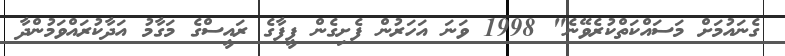
ގެނައުމަށް މަސައްކަތްކުރެވޭނެ" 1998 ވަނަ އަހަރުން ފެށިގެން ފީފާގެ ރައީސްގެ މަގާމު އަދާކުރައްވަމުންދާ